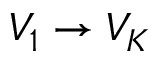
V _ { 1 } \to V _ { K }